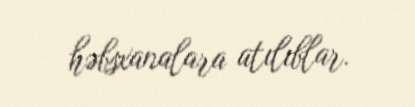
həbsxanalara atılıblar.